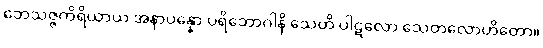
ဘေသဇ္ဇကိရိယာယ အနာပန္နော ပရိဘောဂါနိ သေတိ ပါဋလော သေတလောဟိတော။